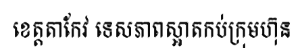
ខេត្តតាកែវ ទេសភាពស្អាតកប់ក្រុមហ៊ុន